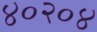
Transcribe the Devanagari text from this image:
४०२०४